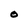
Character: 0